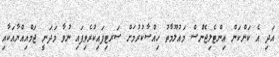
އަދި އެ ކަންކަން އިންޓެލިޖެންސް މައުލޫމާތު ހިއްސާކުރުމަށް ސަރޓިފައިކުރެވިފައި ނުވާ މަދަނީ ޖަމްއިއްޔާއަކާއި